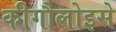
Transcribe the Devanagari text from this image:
कीगौलोइसे